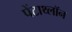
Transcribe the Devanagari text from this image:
पेंटाथ्लॉन